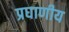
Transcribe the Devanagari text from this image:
प्रघाणीय